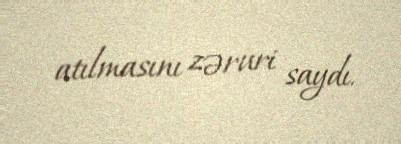
atılmasını zəruri saydı.